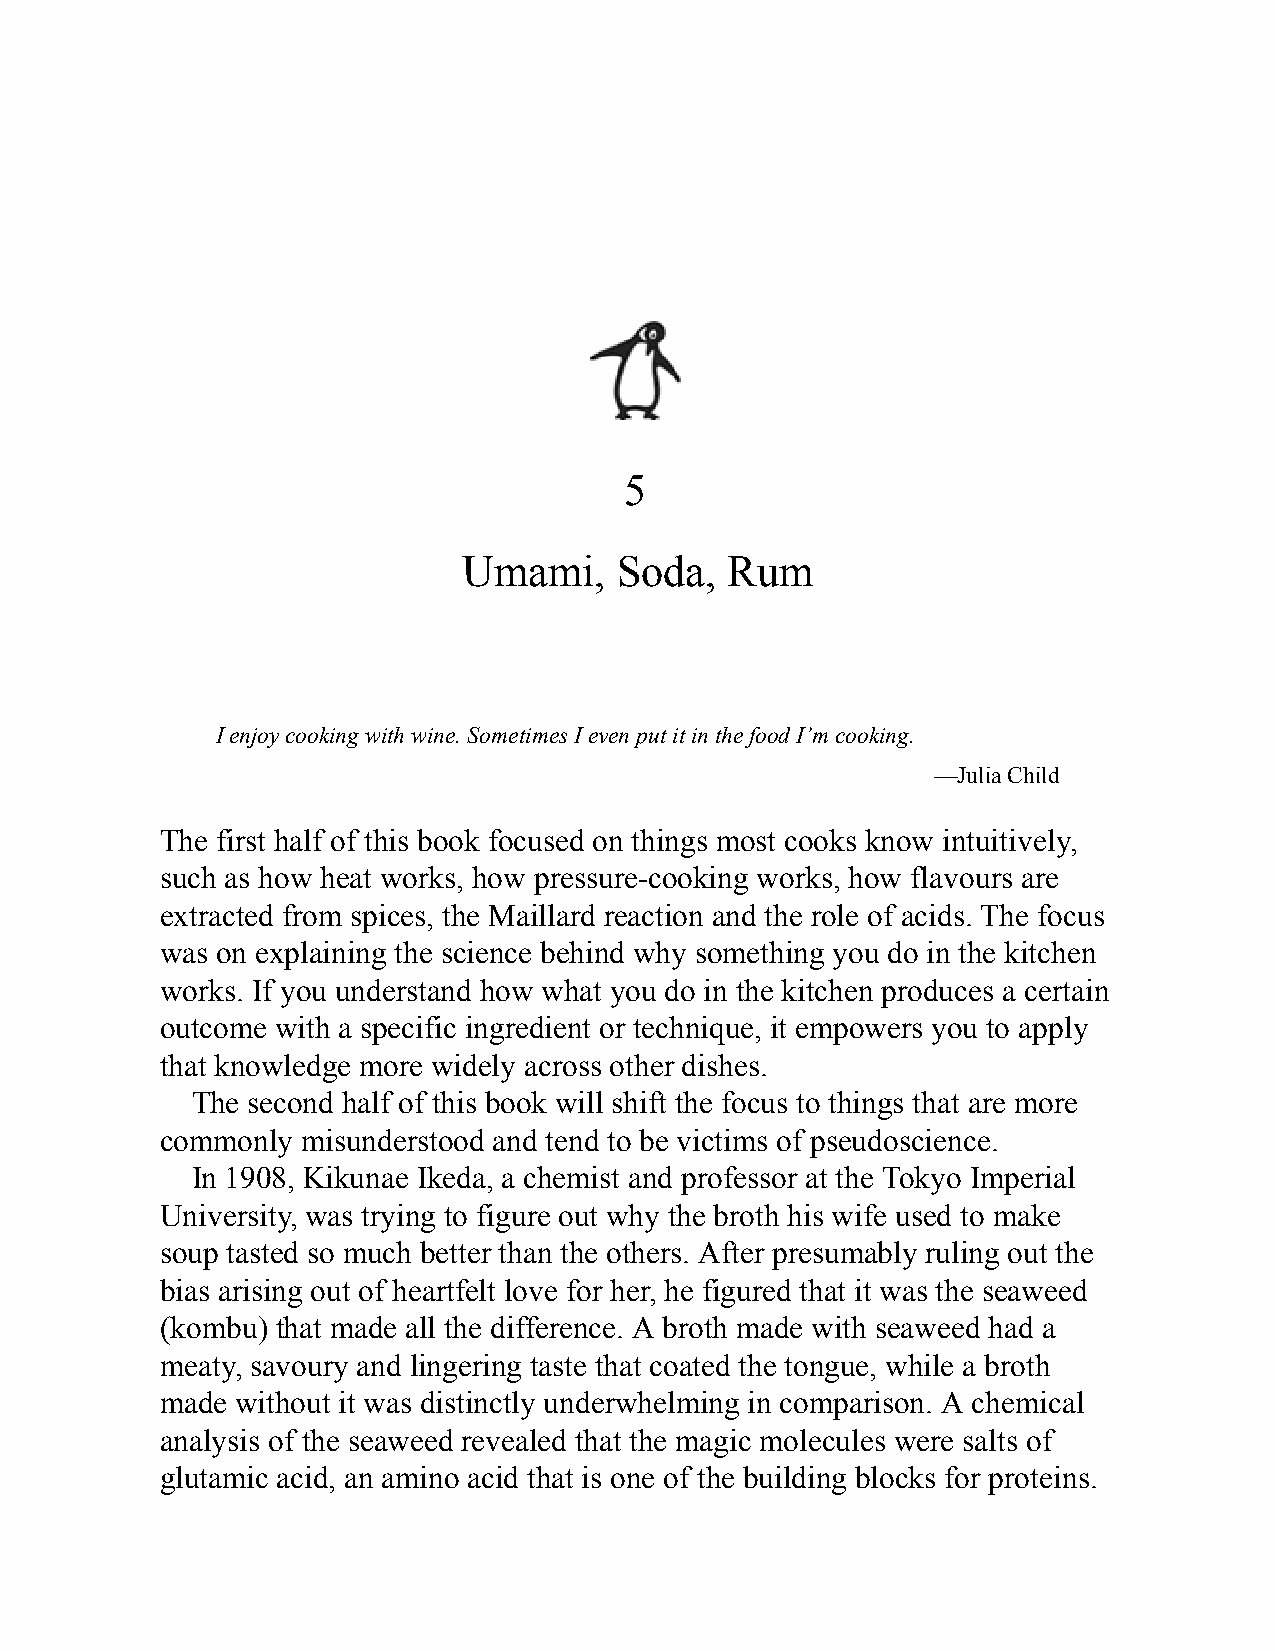
5
 Umami,    Soda,  Rum
 I enjoy cooking with wine. Sometimes I even put it in the food I’m cooking.
 —Julia Child
 The first half of this book focused on things most cooks know intuitively,
 such as how heat works, how pressure-cooking works, how flavours are
 extracted from spices, the Maillard reaction and the role of acids. The focus
 was on explaining the science behind why something you do in the kitchen
 works. If you understand how what you do in the kitchen produces a certain
 outcome with a specific ingredient or technique, it empowers you to apply
 that knowledge more widely across other dishes.
 The second half of this book will shift the focus to things that are more
 commonly misunderstood and tend to be victims of pseudoscience.
 In 1908, Kikunae Ikeda, a chemist and professor at the Tokyo Imperial
 University, was trying to figure out why the broth his wife used to make
 soup tasted so much better than the others. After presumably ruling out the
 bias arising out of heartfelt love for her, he figured that it was the seaweed
 (kombu) that made all the difference. A broth made with seaweed had a
 meaty, savoury and lingering taste that coated the tongue, while a broth
 made without it was distinctly underwhelming in comparison. A chemical
 analysis of the seaweed revealed that the magic molecules were salts of
 glutamic acid, an amino acid that is one of the building blocks for proteins.